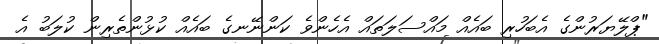
"ޕްލޭޔަރުންގެ އެބަހުރި ބައެއް މައްސަލަތައް އެހެންވެ ކަންނޭނގެ ބައެއް ކުޅުންތެރިން ކުލަބު އެ